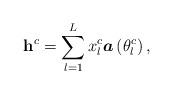
LaTeX: \begin{align*}\mathbf{h}^{c}=\sum_{l=1}^{L}x_{l}^{c}\boldsymbol{a}\left(\theta_{l}^{c}\right),\end{align*}